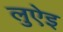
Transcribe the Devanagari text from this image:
लुऐइ